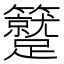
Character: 𥷼